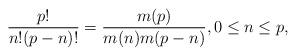
LaTeX: \begin{align*}\frac{p!}{n!(p-n)!}=\frac{m(p)}{m(n)m(p-n)},0\le n\le p,\end{align*}